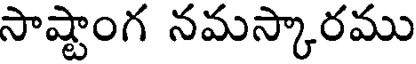
సాష్టాంగ నమస్కారము